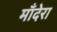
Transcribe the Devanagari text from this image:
माँदेरा